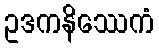
ဥဒကနိဿေကံ